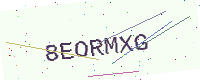
Text: 8EORMXG